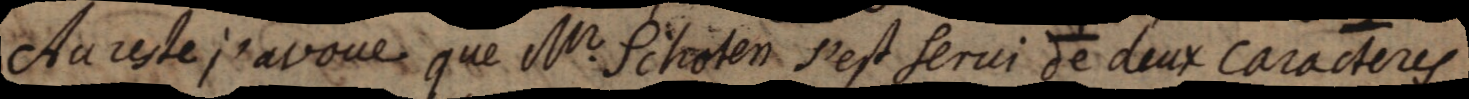
Au reste j’avoue que Mr. Schoten s’est servi de deux caracteres